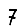
Digit: 7